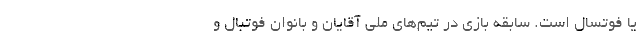
یا فوتسال است. سابقه بازی در تیم‌های ملی آقایان و بانوان فوتبال و